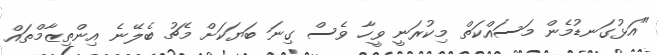
"އަޅުގަނޑުމެން މަސައްކަތް މިކުރަނީ ވީހާ ވެސް ގިނަ ބަޔަކަށް މެޗު ބެލޭނެ އިންތިޒާމްތައް